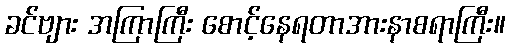
ခင်ဗျား အကြာကြီး စောင့်နေရတာအားနာစရာကြီး။